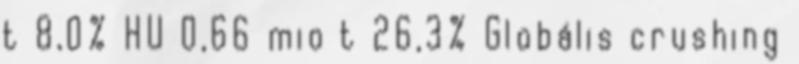
t 8,0% HU 0,66 mio t 26,3% Globális crushing